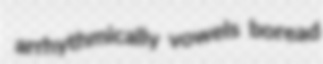
arrhythmically vowels boread